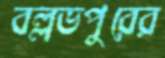
বল্লভপুরের